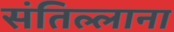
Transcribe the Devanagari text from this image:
संतिल्लाना